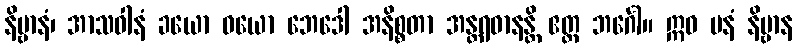
နိဗ္ဗာနံ၊ အာသဝါနံ ခယော ဝယော ဘေဒေါ အနိစ္စတာ အန္တရဓာနန္တိ ဧတ္ထ ဘင်္ဂေါ။ ဣဓ ပနံ နိဗ္ဗာန